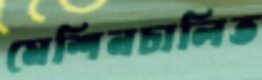
মেশিনচালিত